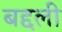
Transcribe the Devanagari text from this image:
बद्दली